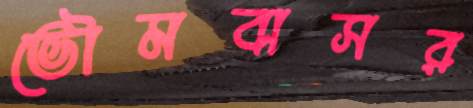
ভৌমবাসর